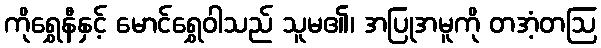
ကိုရွှေနီနှင့် မောင်ရွှေဝါသည် သူမ၏၊ အပြုအမူကို တအံ့တဩ